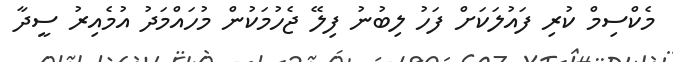
މެކްސިމް ކުރި ފައުލަކަށް ފަހު ލިބުނު ފިލޭ ޖެހުމަކުން މުހައްމަދު އުމެއިރު ސީދާ